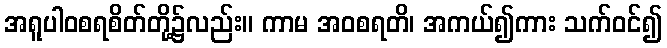
အရူပါဝစရစိတ်တို့၌လည်း။ ကာမ အဝစရတိ၊ အကယ်၍ကား သက်ဝင်၍